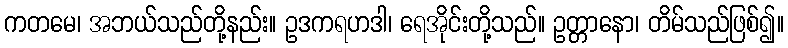
ကတမေ၊ အဘယ်သည်တို့နည်း။ ဥဒကရဟဒါ၊ ရေအိုင်းတို့သည်။ ဥတ္တာနော၊ တိမ်သည်ဖြစ်၍။